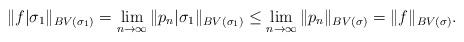
LaTeX: \begin{align*}\|f|\sigma_1\|_{BV(\sigma_1)} = \lim_{n\to\infty}\|p_n|\sigma_1\|_{BV(\sigma_1)} \leq \lim_{n\to\infty}\|p_n\|_{BV(\sigma)} = \|f\|_{BV(\sigma)}.\end{align*}